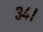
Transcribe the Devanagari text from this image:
३४।